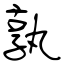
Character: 孰